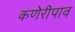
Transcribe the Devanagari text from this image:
कणेरीपाव